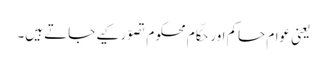
یعنی عوام حاکم اور حکّام محکوم تصوّر کیے جاتے ہیں۔